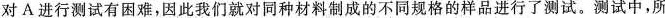
对A进行测试有困难，因此我们就对同种材料制成的不同规格的样品进行了测试。测试中，所